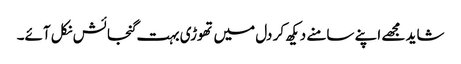
شاید مجھے اپنے سامنے دیکھ کر دل میں تھوڑی بہت گنجائش نکل آئے۔